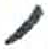
אות: ,